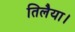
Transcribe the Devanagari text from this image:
तिलैया।